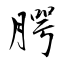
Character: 腭